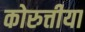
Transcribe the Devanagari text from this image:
कोरुत्तीया